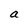
Character: a